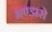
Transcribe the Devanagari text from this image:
भण्डारो